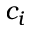
c _ { i }